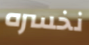
نخسره